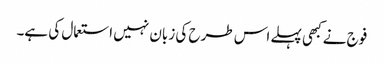
فوج نے کبھی پہلے اس طرح کی زبان نہیں استعمال کی ہے۔